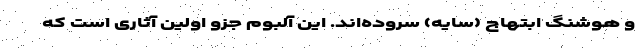
و هوشنگ ابتهاج (سایه) سروده‌اند. این آلبوم جزو اولین آثاری است که